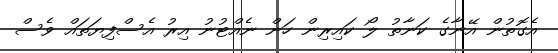
އެގޮތުން އޭނާގެ ކަނާތު ލޯ ކައިރިން ހަން ނެއްޓުނު އިރު އެސްފިޔަތައް ވެސް